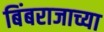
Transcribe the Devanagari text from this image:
बिंबराजाच्या